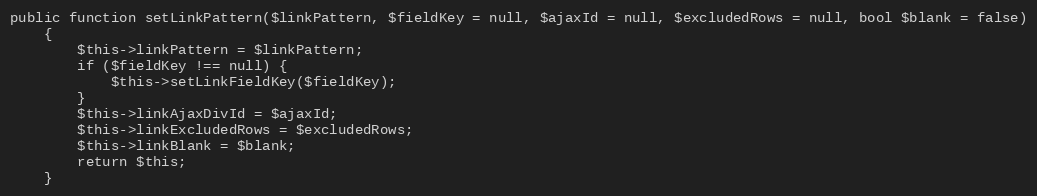
Language: PHP
public function setLinkPattern($linkPattern, $fieldKey = null, $ajaxId = null, $excludedRows = null, bool $blank = false)
    {
        $this->linkPattern = $linkPattern;
        if ($fieldKey !== null) {
            $this->setLinkFieldKey($fieldKey);
        }
        $this->linkAjaxDivId = $ajaxId;
        $this->linkExcludedRows = $excludedRows;
        $this->linkBlank = $blank;
        return $this;
    }